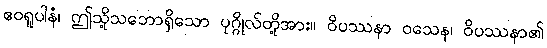
ဧဝရူပါနံ၊ ဤသို့သဘောရှိသော ပုဂ္ဂိုလ်တို့အား။ ဝိပဿနာ ဝသေန၊ ဝိပဿနာ၏